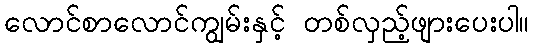
လောင်စာလောင်ကျွမ်းနှင့် တစ်လှည့်ဖျားပေးပါ။